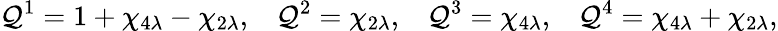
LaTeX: \mathcal{Q}^{1}=1+\chi_{4\lambda}-\chi_{2\lambda},\, \, \, \, \, \mathcal{Q}^{2}=\chi_{2\lambda},\, \, \, \, \, \mathcal{Q}^{3}=\chi_{4\lambda},\, \, \, \, \, \mathcal{Q}^{4}=\chi_{4\lambda}+\chi_{2\lambda},